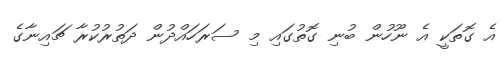
އެ ގޮތަކީ އެ ނޫހުން ބުނި ގޮތުގައި މި ސަރަހައްދުން ދަތުރުކުރާ ޗައިނާގެ